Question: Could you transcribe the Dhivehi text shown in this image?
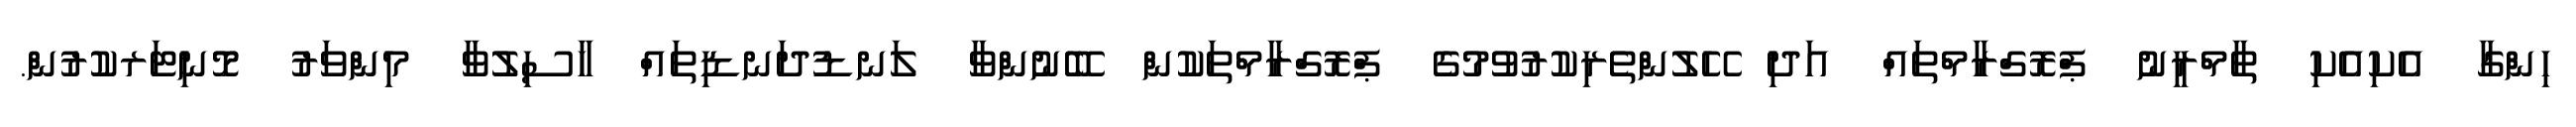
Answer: ހިންގާ އެކިއެކި ތާމްރީނު ޕްރޮގްރާމްތައް އަދި ހޭލުންތެރިކުރުވުމުގެ ޕްރޮގްރާމްތަކުން ބޭނުންވާ ލަނޑުދަނޑިތައް ހާސިލުވާ މިންވަރު މޮނިޓަރކުރުން.